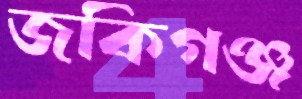
জকিগঞ্জ